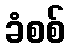
ခံစစ်